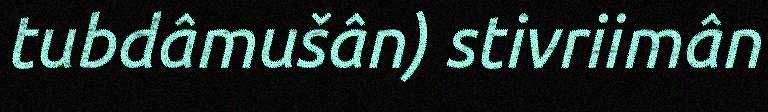
tubdâmušân) stivriimân